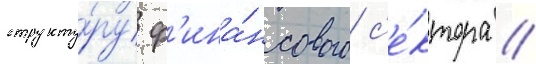
структу́ру ф'ина́нсового с'е́ктора /